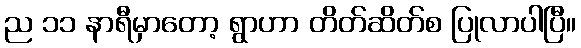
ည ၁၁ နာရီမှာတော့ ရွာဟာ တိတ်ဆိတ်စ ပြုလာပါပြီ။